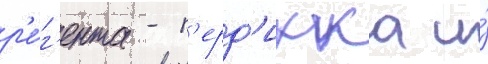
р'е́г'ента - п'ерд'икка и́